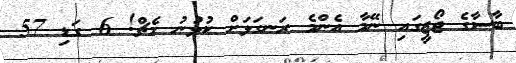
ބާސާގެ ޖޯޒީގައި ނޭމާ އެންމެ ރަނގަޅަށް ކުޅުނު މެޗް! 6 ގަޑި 57